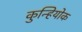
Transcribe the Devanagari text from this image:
कुन्हियोक